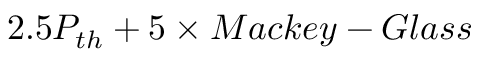
2 . 5 P _ { t h } + 5 \times M a c k e y - G l a s s